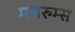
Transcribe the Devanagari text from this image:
मशरुम्स